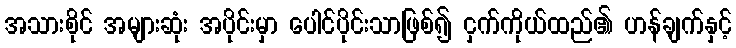
အသားစိုင် အများဆုံး အပိုင်းမှာ ပေါင်ပိုင်းသာဖြစ်၍ ငှက်ကိုယ်ထည်၏ ဟန်ချက်နှင့်